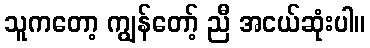
သူကတော့ ကျွန်တော့် ညီ အငယ်ဆုံးပါ။